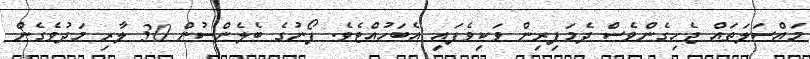
މައްސަލަތައް ޖެހިގެންވެސް ދެމަފިރިން ވަކިވެފައި އެބަހުއްޓެވެ. ފޯނުގެ ބެލެންސުން 30 ލާރި މަދުވެގެން